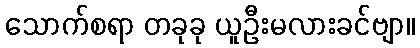
သောက်စရာ တခုခု ယူဦးမလားခင်ဗျာ။